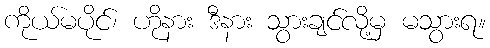
ကိုယ်မပိုင်၊ ဟိုနား ဒီနား သွားချင်လို့မှ မသွားရ။